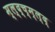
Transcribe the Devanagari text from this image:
म्ल्द्च्म्ल्द्